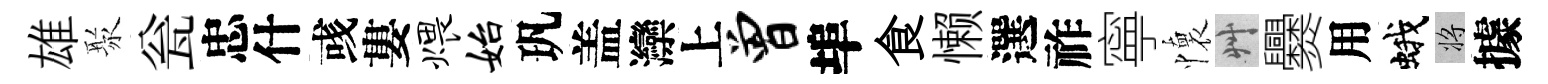
雄聚瓮忠什彧婁煨始㺬盖灤上曾埠食懒選祚寧懷艸爨用蛾將據